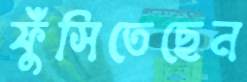
ফুঁসিতেছেন